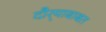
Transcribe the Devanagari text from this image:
दौर्‍याबाबत